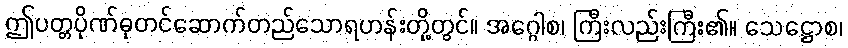
ဤပတ္တပိုဏ်ဓုတင်ဆောက်တည်သောရဟန်းတို့တွင်။ အဂ္ဂေါစ၊ ကြီးလည်းကြီး၏။ သေဋ္ဌောစ၊